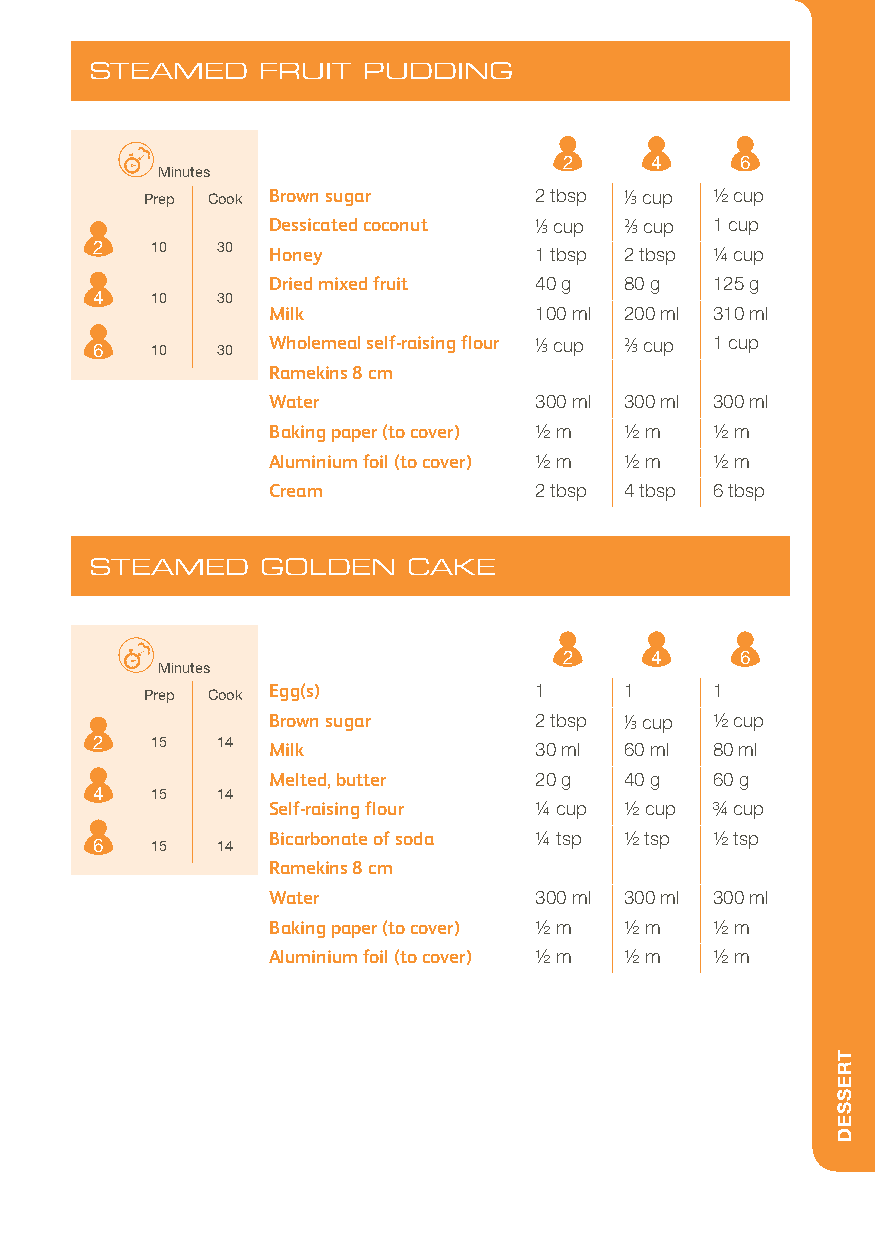
STEAMED    FRUIT  PUDDING
 2     4     6
 Minutes
 Prep Cook Brown sugar    2 tbsp 1/3 cup 1/2 cup
 Dessicated coconut 1/3 cup 2/3 cup 1 cup
 2   10  30  Honey            1 tbsp 2 tbsp 1/4 cup
 Dried mixed fruit 40 g 80 g  125 g
 4   10  30
 Milk             100 ml 200 ml 310 ml
 6   10  30  Wholemeal self-raising flour 1/3 cup 2/3 cup 1 cup
 Ramekins 8 cm
 Water            300 ml 300 ml 300 ml
 Baking paper (to cover) 1/2 m 1/2 m 1/2 m
 Aluminium foil (to cover) 1/2 m 1/2 m 1/2 m
 Cream            2 tbsp 4 tbsp 6 tbsp
 STEAMED    GOLDEN    CAKE
 2     4     6
 Minutes
 Prep Cook Egg(s)         1     1     1
 Brown sugar      2 tbsp 1/3 cup 1/2 cup
 2   15  14  Milk             30 ml 60 ml 80 ml
 Melted, butter   20 g  40 g  60 g
 4   15  14
 Self-raising flour 1/4 cup 1/2 cup 3/4 cup
 Bicarbonate of soda 1/4 tsp 1/2 tsp 1/2 tsp
 6   15  14
 Ramekins 8 cm
 Water            300 ml 300 ml 300 ml
 Baking paper (to cover) 1/2 m 1/2 m 1/2 m
 Aluminium foil (to cover) 1/2 m 1/2 m 1/2 m
 TRESSED